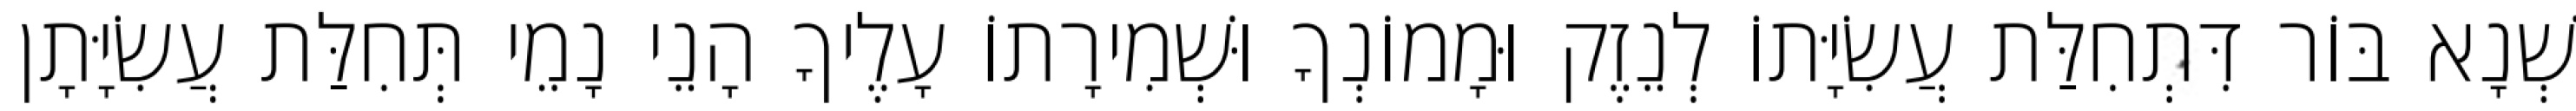
שְׁנָא בּוֹר דִּתְחִלַּת עֲשִׂיָּתוֹ לְנֵזֶק וּמָמוֹנְךָ וּשְׁמִירָתוֹ עָלֶיךָ הָנֵי נָמֵי תְּחִלַּת עֲשִׂיָּתָן